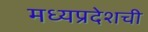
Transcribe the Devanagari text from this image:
मध्यप्रदेशची